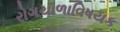
રોગચાળાવિષયક